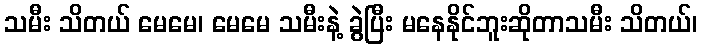
သမီး သိတယ် မေမေ၊ မေမေ သမီးနဲ့ ခွဲပြီး မနေနိုင်ဘူးဆိုတာသမီး သိတယ်၊